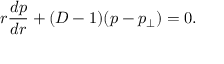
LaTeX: r \frac { d p } { d r } + ( D - 1 ) ( p - p _ { \perp } ) = 0 .